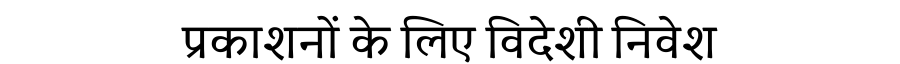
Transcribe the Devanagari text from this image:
प्रकाशनों के लिए विदेशी निवेश